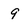
Character: 9